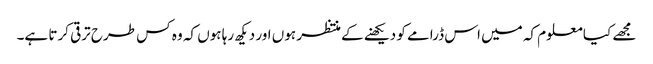
مجھے کیا معلوم کہ میں اس ڈرامے کو دیکھنے کے منتظر ہوں اور دیکھ رہا ہوں کہ وہ کس طرح ترقی کرتا ہے۔